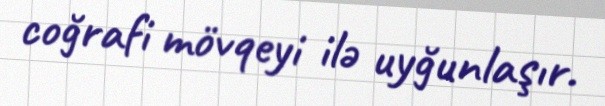
coğrafi mövqeyi ilə uyğunlaşır.